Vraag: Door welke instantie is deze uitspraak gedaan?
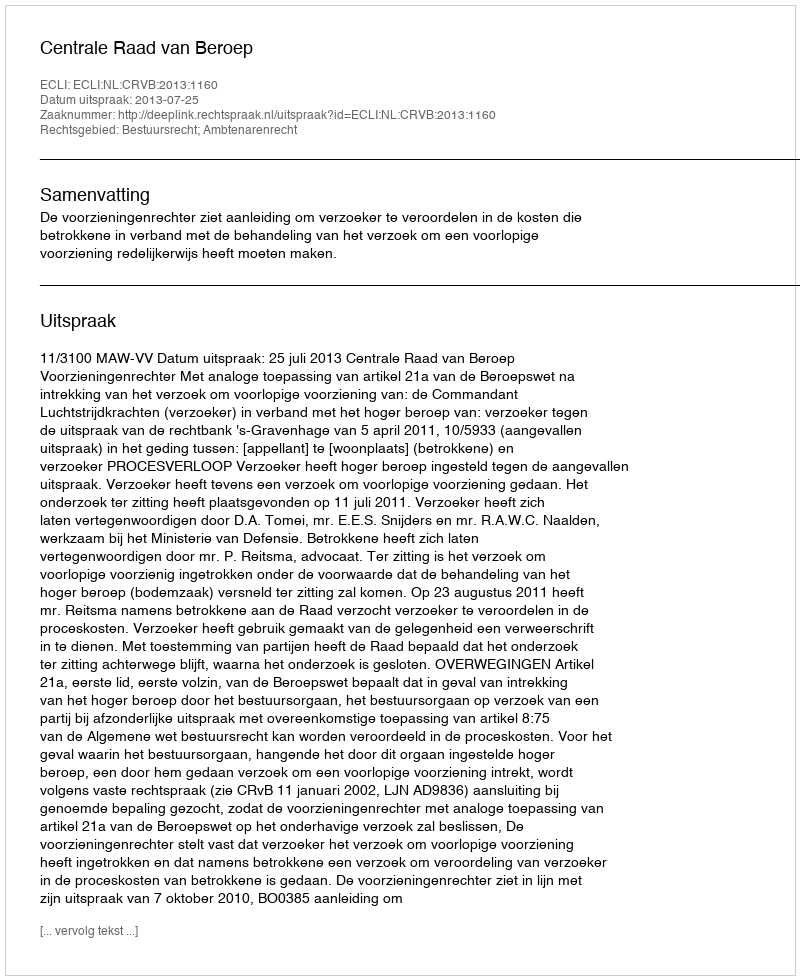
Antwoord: Centrale Raad van Beroep